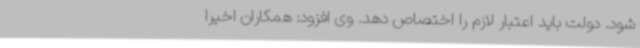
شود. دولت باید اعتبار لازم را اختصاص دهد. وی افزود: همکاران اخیرا